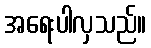
အရေးပါလှသည်။